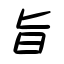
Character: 旨